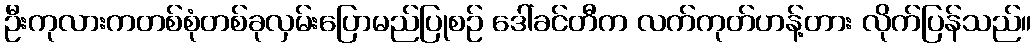
ဦးကုလားကတစ်စုံတစ်ခုလှမ်းပြောမည်ပြုစဉ် ဒေါ်ခင်တီက လက်ကုတ်ဟန့်တား လိုက်ပြန်သည်။